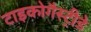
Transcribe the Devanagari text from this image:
टाइकोगैस्ट्रीडे